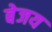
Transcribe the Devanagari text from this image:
बेजय